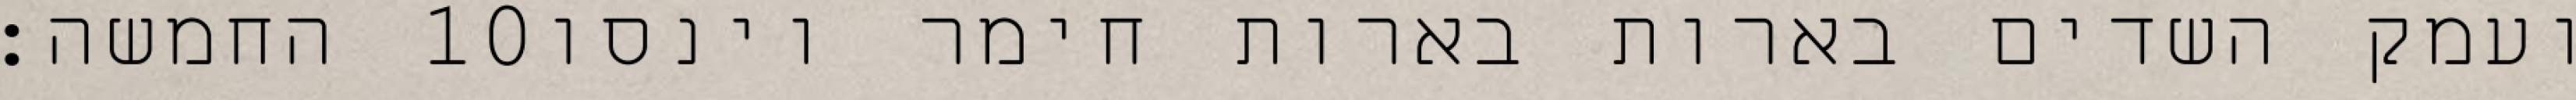
החמשה׃ ‎10‏ ועמק השדים בארות בארות חימר וינסו